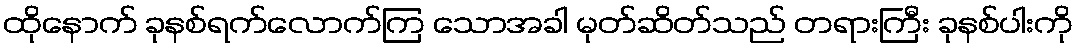
ထိုနောက် ခုနစ်ရက်လောက်ကြ သောအခါ မုတ်ဆိတ်သည် တရားကြီး ခုနစ်ပါးကို